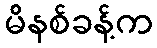
မိနစ်ခန့်က